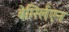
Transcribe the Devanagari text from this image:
बेर्ग्स्लिएन